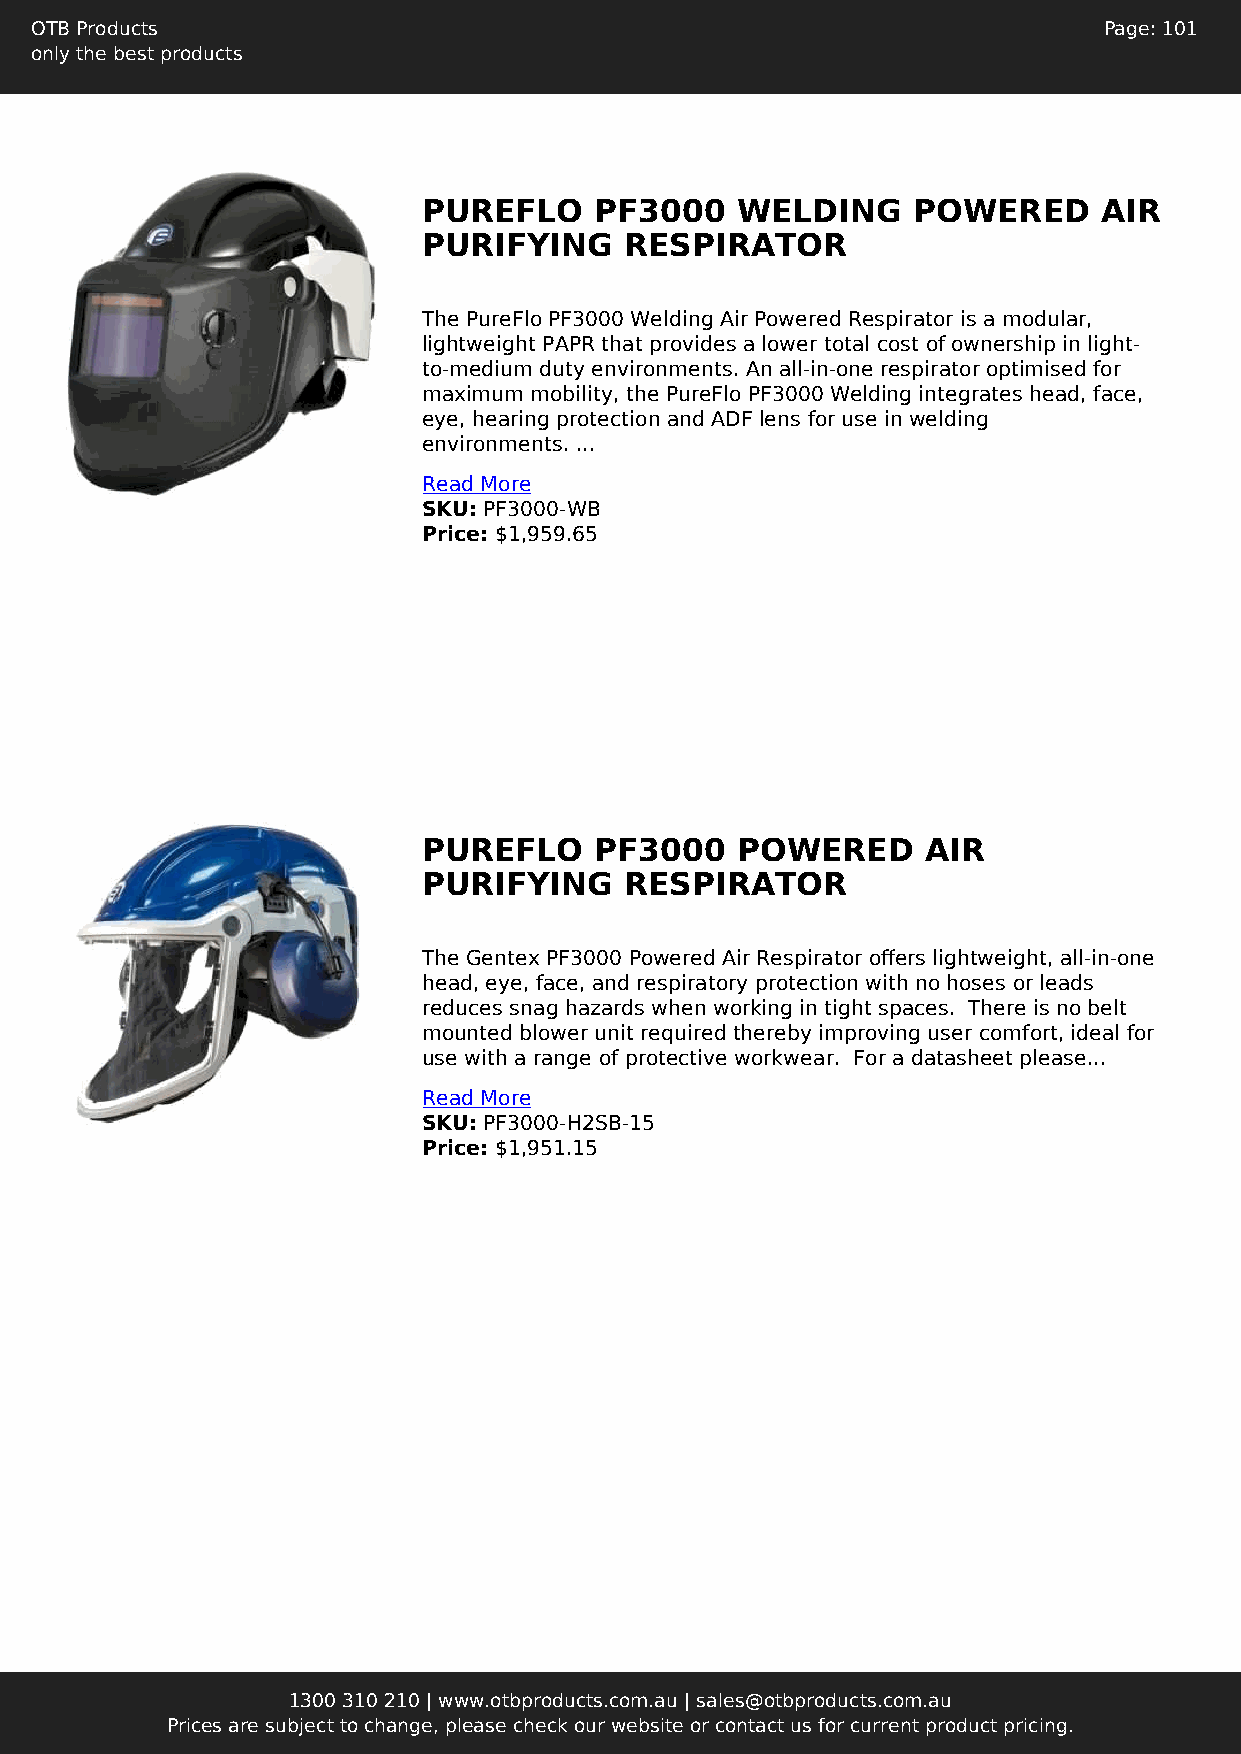
OTB Products                                                           Page: 101
 only the best products
 PUREFLO    PF3000    WELDING    POWERED      AIR
 PURIFYING    RESPIRATOR
 The PureFlo PF3000 Welding Air Powered Respirator is a modular,
 lightweight PAPR that provides a lower total cost of ownership in light-
 to-medium duty environments. An all-in-one respirator optimised for
 maximum mobility, the PureFlo PF3000 Welding integrates head, face,
 eye, hearing protection and ADF lens for use in welding
 environments. ...
 Read More
 SKU: PF3000-WB
 Price: $1,959.65
 PUREFLO    PF3000    POWERED     AIR
 PURIFYING    RESPIRATOR
 The Gentex PF3000 Powered Air Respirator offers lightweight, all-in-one
 head, eye, face, and respiratory protection with no hoses or leads
 reduces snag hazards when working in tight spaces. There is no belt
 mounted blower unit required thereby improving user comfort, ideal for
 use with a range of protective workwear. For a datasheet please...
 Read More
 SKU: PF3000-H2SB-15
 Price: $1,951.15
 1300 310 210 | www.otbproducts.com.au | sales@otbproducts.com.au
 Prices are subject to change, please check our website or contact us for current product pricing.